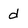
Character: d